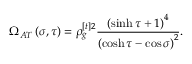
\Omega _ { A T } \left( \sigma , \tau \right) = \rho _ { g } ^ { [ t ] 2 } \frac { \left( \sinh \tau + 1 \right) ^ { 4 } } { \left( \cosh \tau - \cos \sigma \right) ^ { 2 } } .